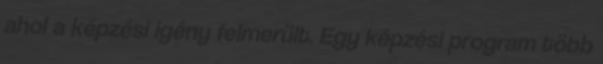
ahol a képzési igény felmerült. Egy képzési program több